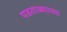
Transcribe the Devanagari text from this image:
पडताळ्याच्या